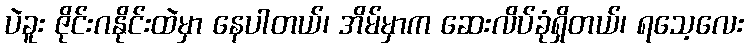
ပဲခူး ဇိုင်းဂနိုင်းထဲမှာ နေပါတယ်၊ အိမ်မှာက ဆေးလိပ်ခုံရှိတယ်၊ ရသေ့လေး